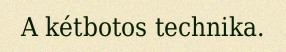
A kétbotos technika.